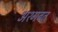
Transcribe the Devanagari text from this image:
अश्गबत